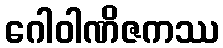
ဂေါဝါဏိဇကဿ